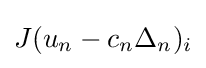
J(u_{n}-c_{n}\Delta _{n})_{i}